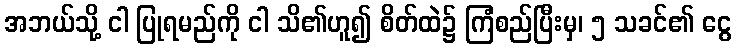
အဘယ်သို့ ငါ ပြုရမည်ကို ငါ သိ၏ဟူ၍ စိတ်ထဲ၌ ကြံစည်ပြီးမှ၊ ၅ သခင်၏ ငွေ